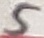
Text: 5